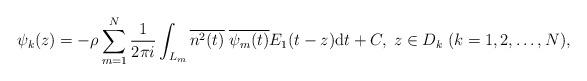
LaTeX: \begin{align*}\psi_k(z) = -\rho \sum_{m=1}^N \frac{1}{2\pi i} \int_{L_m} \overline{n^2(t)} \;\overline{\psi_m(t)}E_1(t-z) \textrm{d}t+C,\;z \in D_k \;(k=1,2,\ldots, N), \end{align*}